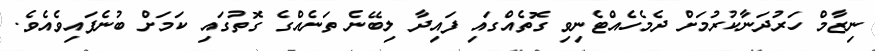
ނިޒާމް ހަރުދަނާކުރުމަށް ދެމެހެއްޓެނިވި ގޮތެއްގައި ފައިދާ ލިބޭނެ ތަނެއްގެ ގޮތުގައި ކަމަށް ބުނެފައިވެއެވެ.